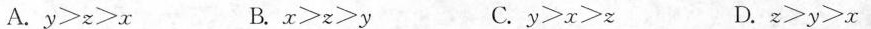
A.$$y z x$$ B.$$x z≥y$$ C.$$y x>z$$ D.$$z≥y≥x$$